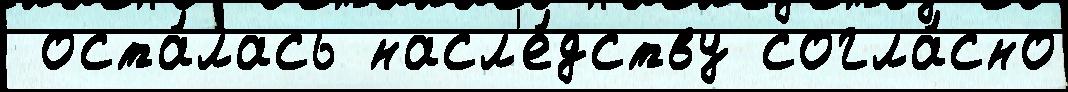
 оста́лась насл'е́дству согла́сно